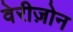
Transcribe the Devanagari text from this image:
वेरीज़ोन